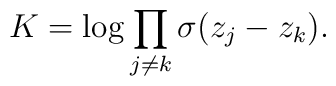
K = \log \prod_{j \neq k} \sigma(z_j - z_k).